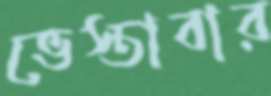
ভেস্তাবার